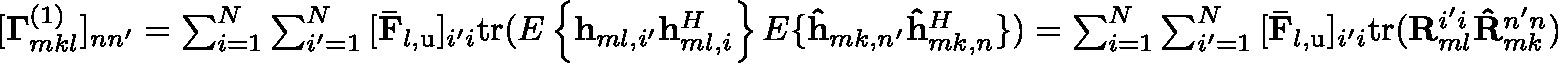
\begin{array} { r } { [ \mathbf { \Gamma } _ { m k l } ^ { \left( 1 \right) } ] _ { n n ^ { \prime } } = \sum _ { i = 1 } ^ { N } { \sum _ { i ^ { \prime } = 1 } ^ { N } { [ \mathbf { \bar { F } } _ { l , \mathrm { u } } ] _ { i ^ { \prime } i } \mathrm { t r } ( \mathbb { E } \left\{ \mathbf { h } _ { m l , i ^ { \prime } } \mathbf { h } _ { m l , i } ^ { H } \right\} \mathbb { E } \{ \mathbf { \hat { h } } _ { m k , n ^ { \prime } } \mathbf { \hat { h } } _ { m k , n } ^ { H } \} ) } } = \sum _ { i = 1 } ^ { N } { \sum _ { i ^ { \prime } = 1 } ^ { N } { [ \mathbf { \bar { F } } _ { l , \mathrm { u } } ] _ { i ^ { \prime } i } \mathrm { t r } ( \mathbf { R } _ { m l } ^ { i ^ { \prime } i } \mathbf { \hat { R } } _ { m k } ^ { n ^ { \prime } n } ) } } } \end{array}